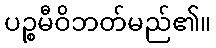
ပဉ္စမီဝိဘတ်မည်၏။